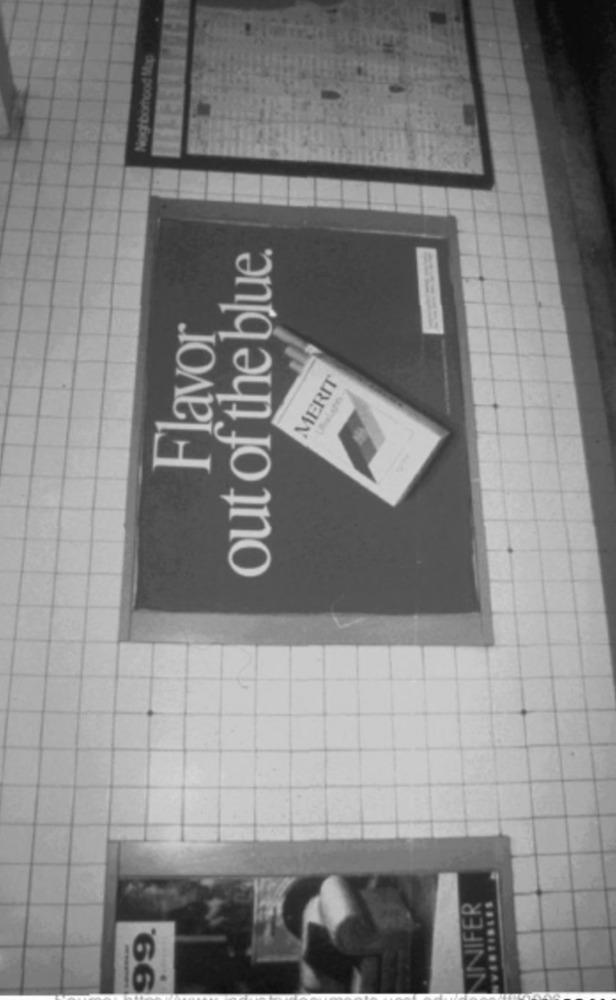
Noghborhood Map
out of the blue.
Flavor
MERIT
UNIFER
HVERTIBLES
99.